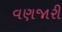
વણજારી